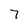
Character: 7